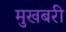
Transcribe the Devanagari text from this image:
मुखबरी